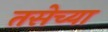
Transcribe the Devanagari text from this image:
तसेच्या